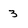
Character: 3